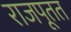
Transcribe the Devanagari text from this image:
राजपूतत